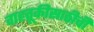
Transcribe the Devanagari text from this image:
वाहतूकीसाठीची